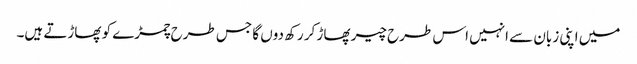
میں اپنی زبان سے انہیں اس طرح چیر پھاڑ کر رکھ دوں گا جس طرح چمڑے کو پھاڑتے ہیں۔